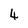
Character: 4